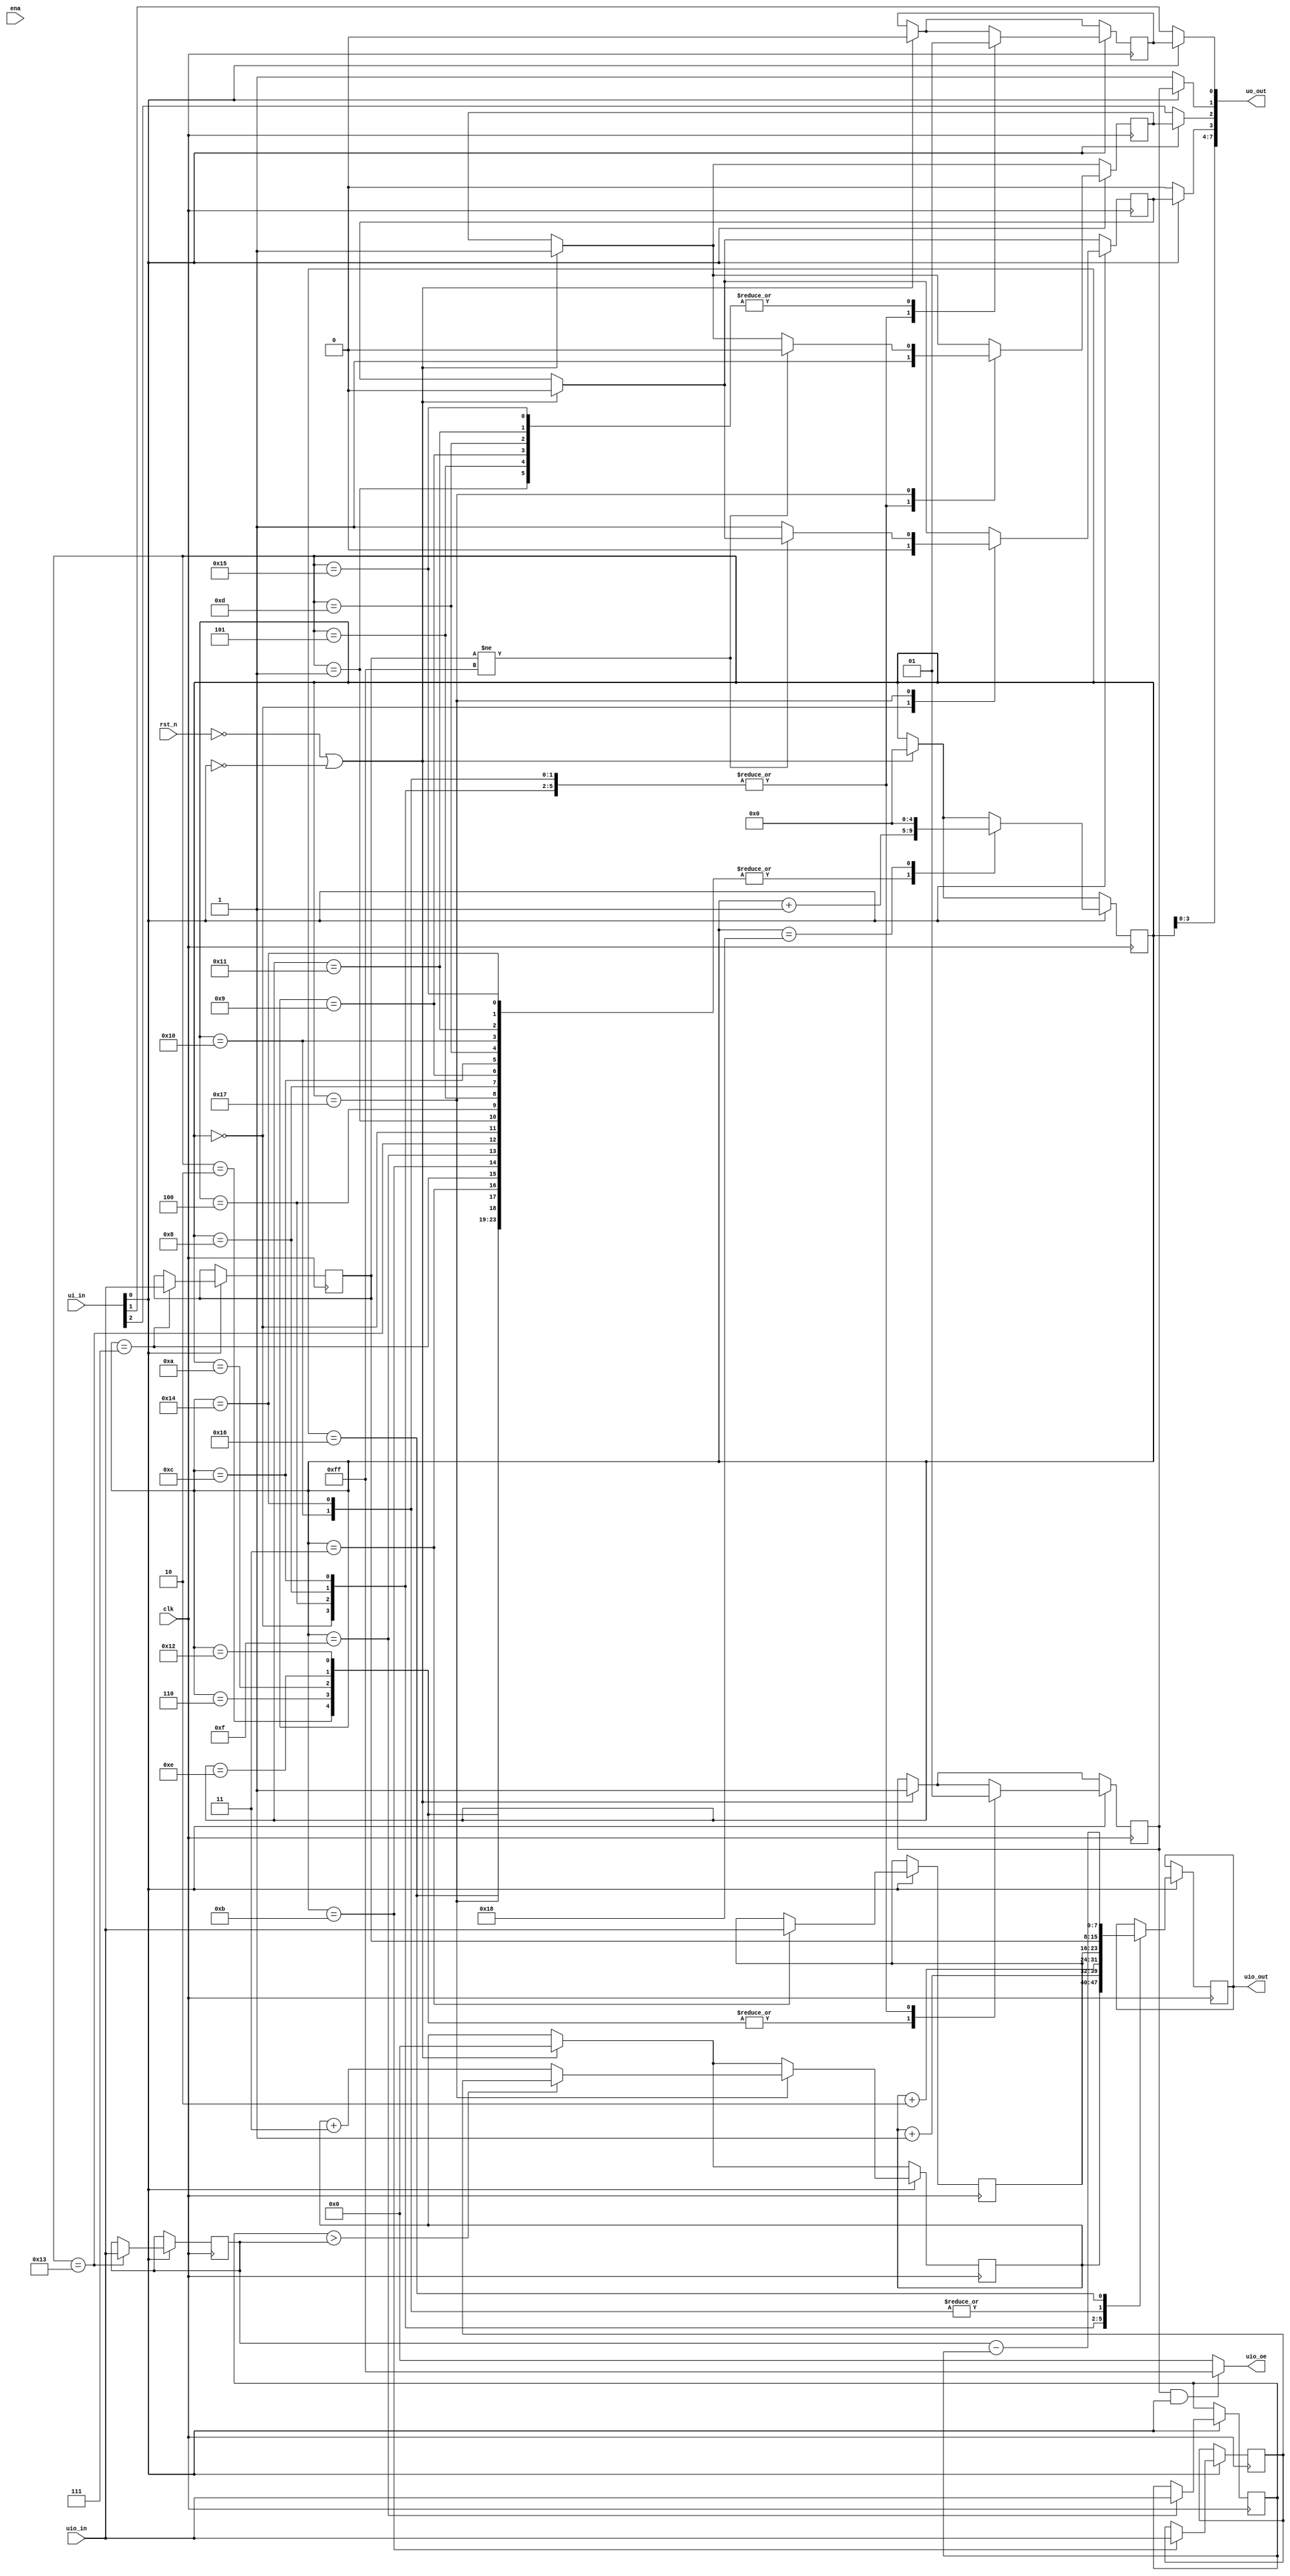
// This program was cloned from: https://github.com/macros77/tt_project_02
// License: Apache License 2.0

/*
 * Copyright (c) 2024 Your Name
 * SPDX-License-Identifier: Apache-2.0
 */

`default_nettype none

module tt_um_macros77_subneg (
    input  wire [7:0] ui_in,    // Dedicated inputs
    output wire [7:0] uo_out,   // Dedicated outputs
    input  wire [7:0] uio_in,   // IOs: Input path
    output wire [7:0] uio_out,  // IOs: Output path
    output wire [7:0] uio_oe,   // IOs: Enable path (active high: 0=input, 1=output)
    input  wire       ena,      // will go high when the design is enabled
    input  wire       clk,      // clock
    input  wire       rst_n     // reset_n - low to reset
);

    wire reset = ! rst_n;
    
    wire enable = ui_in[0];
    wire ext_mem_latch_CLK = ui_in[1];
    wire ext_mem_WE = ui_in[2];
    
    reg [4:0] state;
    reg [7:0] PC;
    reg [7:0] addr_A;
    reg [7:0] addr_B;
    reg [7:0] addr_C;
    reg [7:0] val_A;
    reg [7:0] val_B;

    assign uo_out[7:4] = state[3:0];

    // Memory address latch
    reg mem_latch_CLK;
    assign uo_out[0] = (enable) ? mem_latch_CLK: ext_mem_latch_CLK; 
       
    // SRAM output
    reg mem_OE;
    assign uo_out[1] = (enable) ? mem_OE : 1;  

    // SRAM write
    reg mem_WE;
    assign uo_out[2] = (enable) ? mem_WE : ext_mem_WE; 

    // Output latch
    reg out_latch_CLK;
    assign uo_out[3] = (enable) ? out_latch_CLK: 0;    

    // Data bus direction
    assign uio_oe = (mem_OE && enable) ? 8'b11111111 : 8'b00000000;
    
    reg [7:0] data_bus;
    assign uio_out = data_bus;
    
    always@(posedge clk) begin

      if (reset || !enable) begin
        PC <= 0;
        state <= 0;
        mem_latch_CLK <= 0;
        out_latch_CLK <= 0;
        mem_WE <= 1;
        mem_OE <= 1;          
      end
                        
      if (enable) begin

          case (state)

            // addr_A            
            0: begin                 
                mem_WE <= 1;
                mem_OE <= 1;
                mem_latch_CLK <= 0;
                out_latch_CLK <= 0;
                data_bus <= PC;
                state <= state + 1;
            end 
            1: begin
                mem_latch_CLK <= 1;
                state <= state + 1;
            end 
            2: begin
                mem_OE <= 0;
                state <= state + 1;
            end                            
            3: begin
              addr_A <= uio_in;
              state <= state + 1;              
            end

            // addr_B            
            4: begin   
                mem_WE <= 1;
                mem_OE <= 1;
                mem_latch_CLK <= 0;
                data_bus <= PC+1;
                state <= state + 1;
            end 
            5: begin
                mem_latch_CLK <= 1;
                state <= state + 1;
            end 
            6: begin
                mem_OE <= 0;
                state <= state + 1;
            end                            
            7: begin
              addr_B <= uio_in;
              state <= state + 1;              
            end         

            // addr_C            
            8: begin   
                mem_WE <= 1;
                mem_OE <= 1;
                mem_latch_CLK <= 0;
                data_bus <= PC+2;
                state <= state + 1;
            end 
            9: begin
                mem_latch_CLK <= 1;
                state <= state + 1;
            end 
            10: begin
                mem_OE <= 0;
                state <= state + 1;
            end                            
            11: begin
              addr_C <= uio_in;
              state <= state + 1;             
            end     

            // val_A            
            12: begin   
                mem_WE <= 1;
                mem_OE <= 1;
                mem_latch_CLK <= 0;
                data_bus <= addr_A;
                state <= state + 1;
            end 
            13: begin
                mem_latch_CLK <= 1;
                state <= state + 1;
            end 
            14: begin
                mem_OE <= 0;
                state <= state + 1;
            end                            
            15: begin
              val_A <= uio_in;
              state <= state + 1;             
            end            

            // val_B           
            16: begin   
                mem_WE <= 1;
                mem_OE <= 1;
                mem_latch_CLK <= 0;
                data_bus <= addr_B;
                state <= state + 1;
            end 
            17: begin
                mem_latch_CLK <= 1;
                state <= state + 1;
            end 
            18: begin
                mem_OE <= 0;
                state <= state + 1;
            end                            
            19: begin
              val_B <= uio_in;
              state <= state + 1;              
            end      

            // SUBNEG logic                
            20: begin
                mem_WE <= 1;
                mem_OE <= 1;
                mem_latch_CLK <= 0;
                data_bus <= addr_B;
                state <= state + 1;
            end
            21: begin
                mem_latch_CLK <= 1;       
                state <= state + 1;
            end
            22: begin
                data_bus <= val_B - val_A;
                state <= state + 1;
            end            
            23: begin
                if (val_A>val_B) PC <= addr_C;
                else PC <= PC + 3;
                if (addr_B != 255) mem_WE <= 0;   
                else out_latch_CLK <= 1;
                state <= state + 1;               
            end              
            24: begin
                state <= 0;
            end
              
          endcase

        end

    end    

endmodule